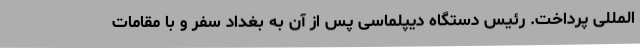
المللی پرداخت. رئیس دستگاه دیپلماسی پس از آن به بغداد سفر و با مقامات